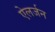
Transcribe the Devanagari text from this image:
ऐलर्जन